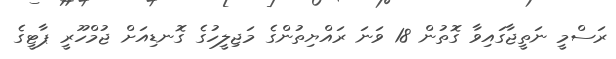
ރަސްމީ ނަތީޖާގައިވާ ގޮތުން 18 ވަނަ ރައްޔިތުންގެ މަޖިލީހުގެ ގޮނޑިއަށް ޖުމްހޫރީ ޕާޓީގެ